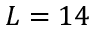
L = 1 4